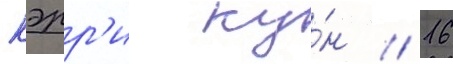
кэрр'и ку́н // 16